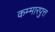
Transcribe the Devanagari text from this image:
कम्मारपुत्त